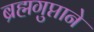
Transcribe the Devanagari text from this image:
ब्रह्मगुप्ताने